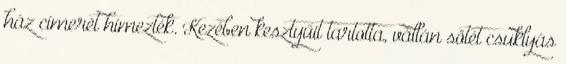
ház címerét hímezték. Kezében kesztyűit tartotta, vállán sötét csuklyás